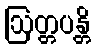
ဩတ္တပန္တိ